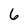
Character: 6